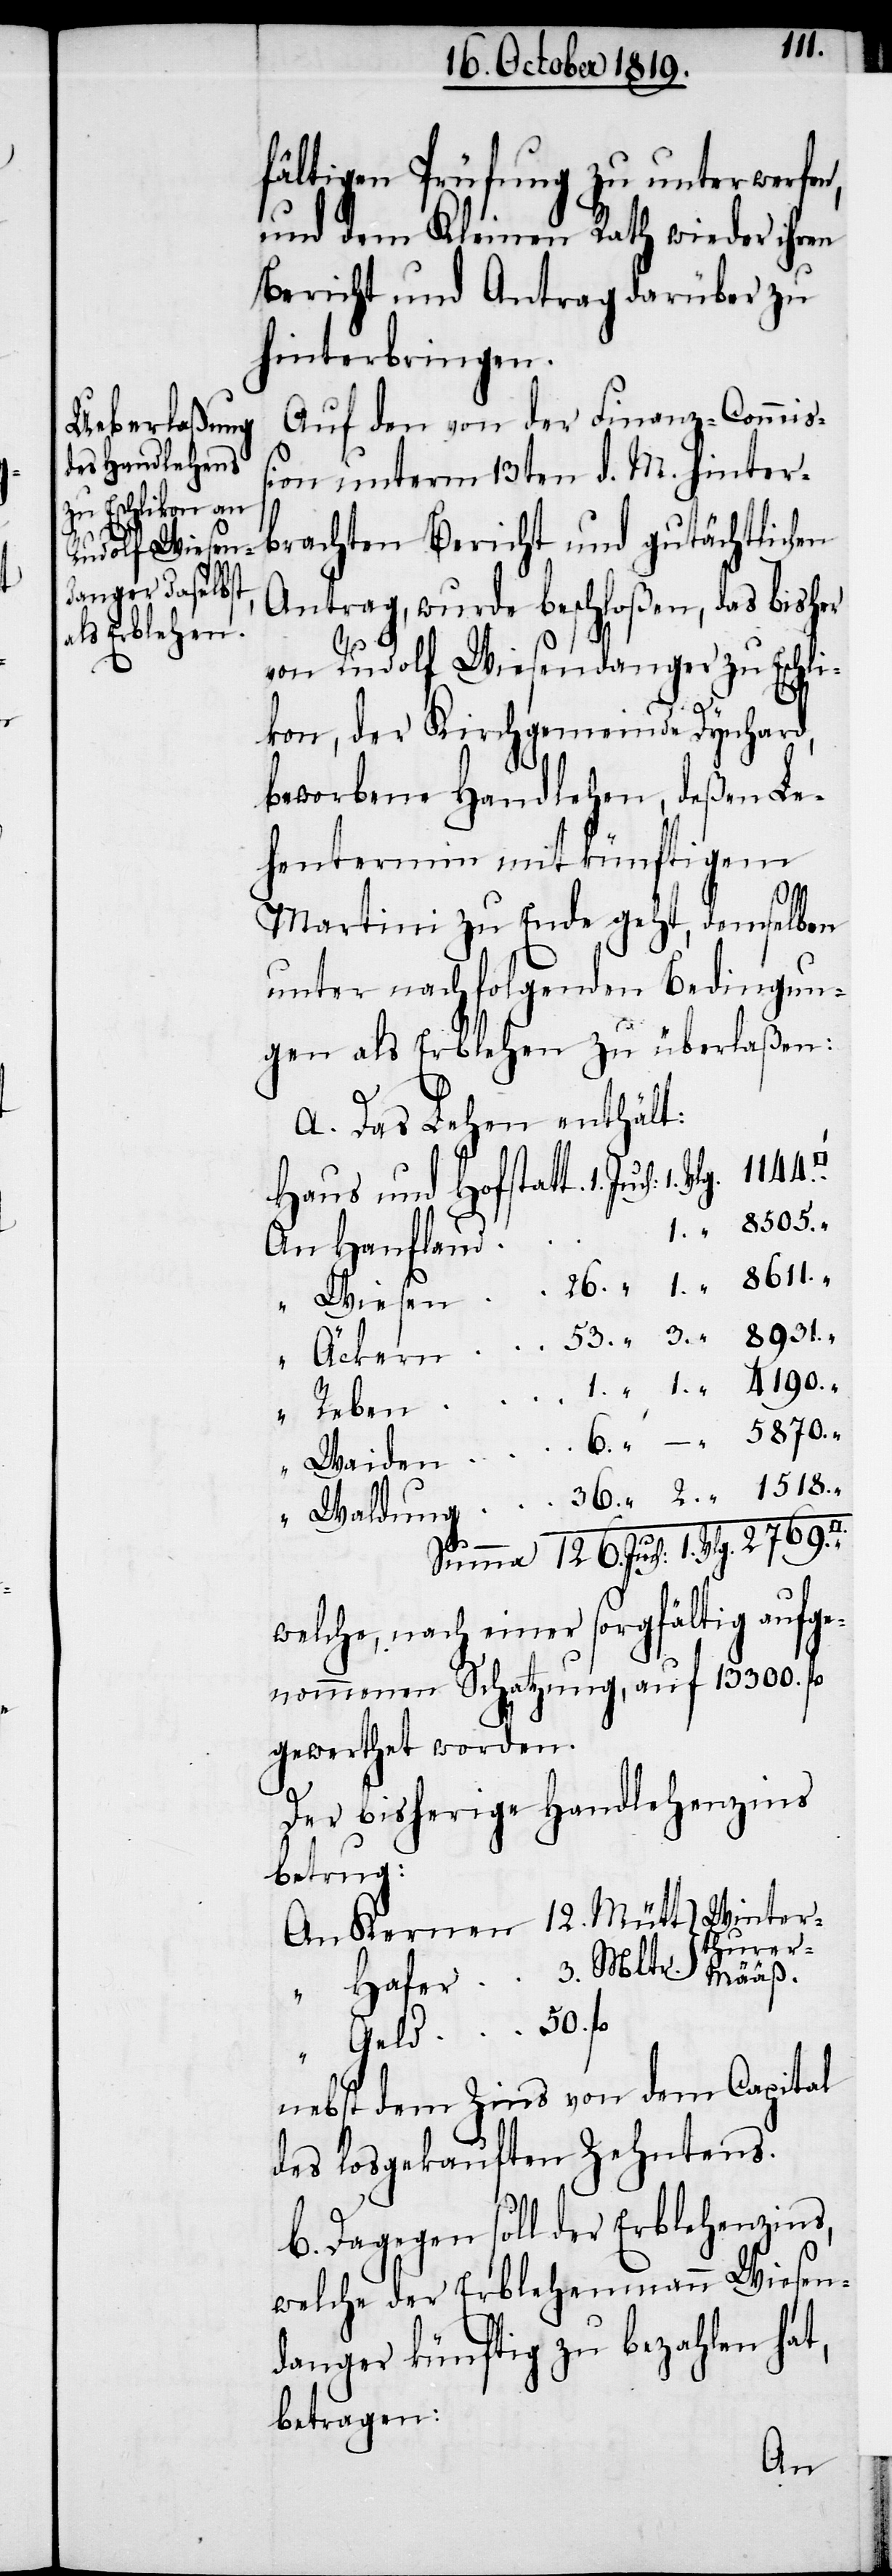
}

12.
fältigen Prüfung zu unterwerfen,
und dem Kleinen Rath wieder ihren
Bericht und Antrag darüber zu
hinterbringen.
Auf den von der Finanz-Commiß¬
ion unterm 13ten d. M. hinter¬
brachten Bericht und gutächtlichen
Antrag, wurde beschloßen, das bisher
von Rudolf Wiesendanger zu Eschli¬
kon, der Kirchgemeinde Dynhard,
beworbene Handlehen, deßen Le¬
hentermin mit künftigem
Martini zu Ende geht, demselben
unter nachfolgenden Bedingun¬
gen als Erblehen zu überlaßen:
a. Das Lehen enthält:
Haus und Hofstatt. 	 1. Juch: 1. Vlg.
3. Mltr.
An Hanfland
Summe	126. Juch: 1. Vlg. 2769.
welche, nach einer sorgfältig aufge¬
nommenen Schatzung, auf 13300. fl.
gewerthet worden.
Der bisherige Handlehenzins
betrug:
thurer-
Geld 50. fl.
nebst dem Zins von dem Capital
des losgekauften Zehntens.
b. Dagegen soll der Erblehenzins,
welche der Erblehenmann Wiesen¬
danger künftig zu bezahlen hat,
betragen:
An